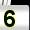
Digit: 5